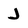
Character: J